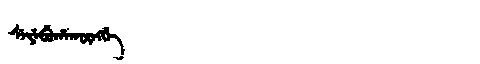
Manchu: ᠰᡝᠶᡝᠪᡠᡥᠠᡴᡡᠩᡤᡝ
Romanization: SEYEBUHAKŪNGGE